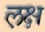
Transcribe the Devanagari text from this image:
ल़क्ष